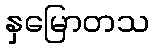
နှမြောတသ